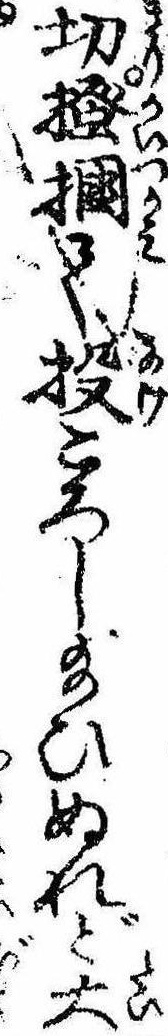
切掻掴て投ころし給ひぬれど大